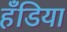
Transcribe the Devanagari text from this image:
हँडिया